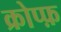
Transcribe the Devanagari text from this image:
क्रोप्फ़